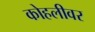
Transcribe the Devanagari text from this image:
कोहलीवर